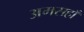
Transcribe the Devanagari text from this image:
अमसहाँ